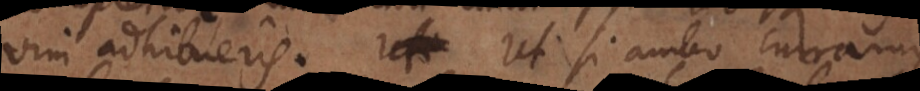
vim adhibueris. Ut si ambo curram